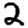
Digit: 2